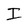
Character: I